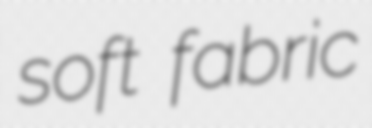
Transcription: soft fabric